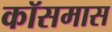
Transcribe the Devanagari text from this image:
कॉसमास